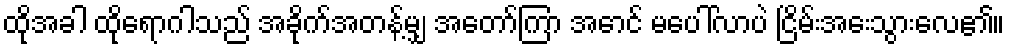
ထိုအခါ ထိုရောဂါသည် အခိုက်အတန့်မျှ အတော်ကြာ အောင် မပေါ်လာပဲ ငြိမ်းအေးသွားလေ၏။